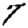
Digit: 7